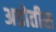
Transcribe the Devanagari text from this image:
अडोतीस